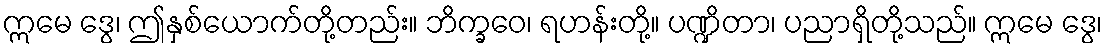
ဣမေ ဒွေ၊ ဤနှစ်ယောက်တို့တည်း။ ဘိက္ခဝေ၊ ရဟန်းတို့။ ပဏ္ဍိတာ၊ ပညာရှိတို့သည်။ ဣမေ ဒွေ၊